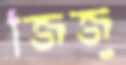
জিজু